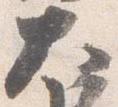
大